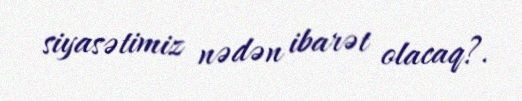
siyasətimiz nədən ibarət olacaq?.